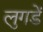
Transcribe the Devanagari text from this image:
लुगडें